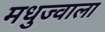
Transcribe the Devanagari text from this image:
मधुज्वाला